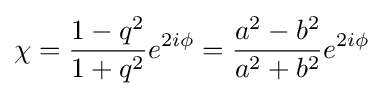
\chi ={\frac {1-q^{2}}{1+q^{2}}}e^{2i\phi }={\frac {a^{2}-b^{2}}{a^{2}+b^{2}}}e^{2i\phi }